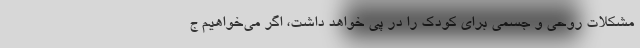
مشکلات روحی و جسمی برای کودک را در پی خواهد داشت، اگر می‌خواهیم ج